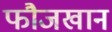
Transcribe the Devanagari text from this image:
फौजखान